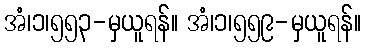
အံ၊၁၊၅၅၃-မှယူရန်။ အံ၊၁၊၅၅၉-မှယူရန်။